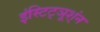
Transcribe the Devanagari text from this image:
इंस्टिट्ञूश्ंन